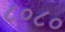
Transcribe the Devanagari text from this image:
८०८०